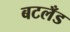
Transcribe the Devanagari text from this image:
बटलँड